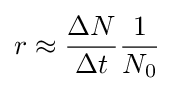
r\approx {\frac {\Delta N}{\Delta t}}{\frac {1}{N_{0}}}